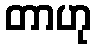
တာဟု